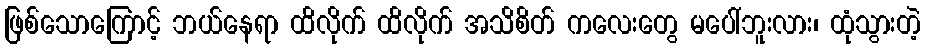
ဖြစ်သောကြောင့် ဘယ်နေရာ ထိလိုက် ထိလိုက် အသိစိတ် ကလေးတွေ မပေါ်ဘူးလား၊ ထုံသွားတဲ့